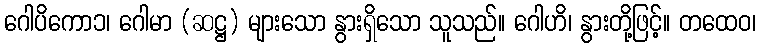
ဂေါပိကော၁၊ ဂေါမာ (ဆဋ္ဌ) များသော နွားရှိသော သူသည်။ ဂေါဟိ၊ နွားတို့ဖြင့်။ တထေဝ၊